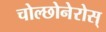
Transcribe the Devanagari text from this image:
चोल्छोनेरोस्